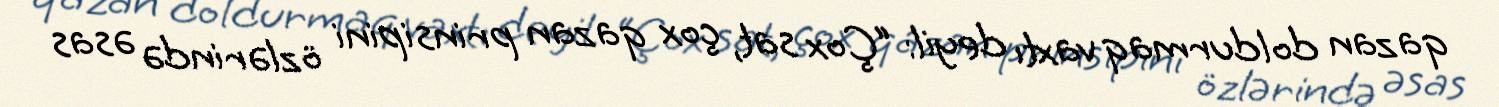
qazan doldurmaq vaxtı deyil: “Çox sat, çox qazan prinsipini özlərində əsas